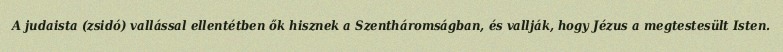
A judaista (zsidó) vallással ellentétben ők hisznek a Szentháromságban, és vallják, hogy Jézus a megtestesült Isten.